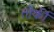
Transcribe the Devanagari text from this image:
तोर्की